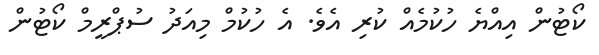
ކޯޓުން އިއްޔެ ހުކުމެއް ކުރި އެވެ. އެ ހުކުމް މިއަދު ސުޕްރީމް ކޯޓުން